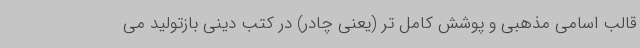
قالب اسامی مذهبی و پوشش کامل تر (یعنی چادر) در کتب دینی بازتولید می